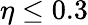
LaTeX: \eta\leq 0.3